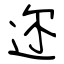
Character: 迩